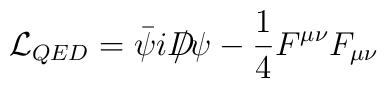
{\cal L}_{QED}=\bar{\psi}iD\!\!\!\!/\psi -\frac 14F^{\mu \nu }F_{\mu \nu }